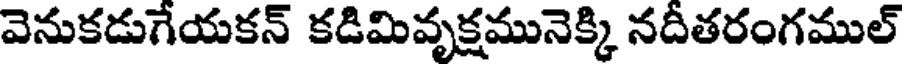
వెనుకడుగేయకన్ కడిమివృక్షమునెక్కి నదీతరంగముల్